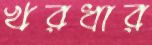
খরধার